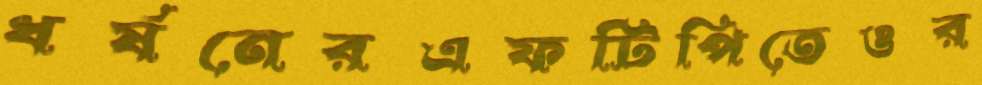
ধর্ষনেরএফটিপিতেওর